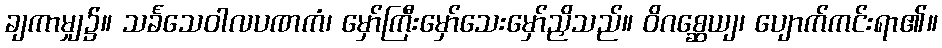
ချကာမျှ၌။ သင်္ခသေဝါလပဏကံ၊ မှော်ကြီးမှော်သေးမှော်ညှိသည်။ ဝိဂစ္ဆေယျ၊ ပျောက်ကင်းရာ၏။